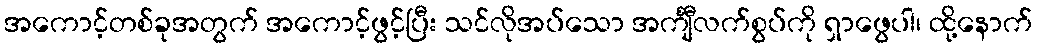
အကောင့်တစ်ခုအတွက် အကောင့်ဖွင့်ပြီး သင်လိုအပ်သော အင်္ကျီလက်စွပ်ကို ရှာဖွေပါ၊ ထို့နောက်